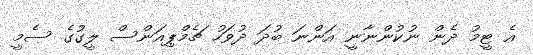
އެ ޓީމު ދެން ނުކުންނާނީ އަންނަ ބުދަ ދުވަހު ޗެމްޕިއަންސް ލީގުގެ ސެމީ